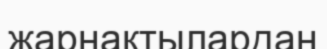
жарнақтылардан